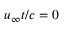
u _ { \infty } t / c = 0